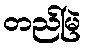
တည်မြဲ